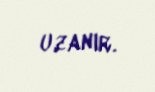
uzanır.